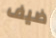
ضيف